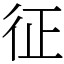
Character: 征